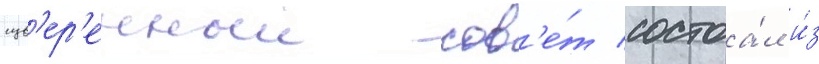
сув'ер'енныи сов'е́т состоа́л и́з